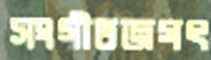
সংগীতজগৎ